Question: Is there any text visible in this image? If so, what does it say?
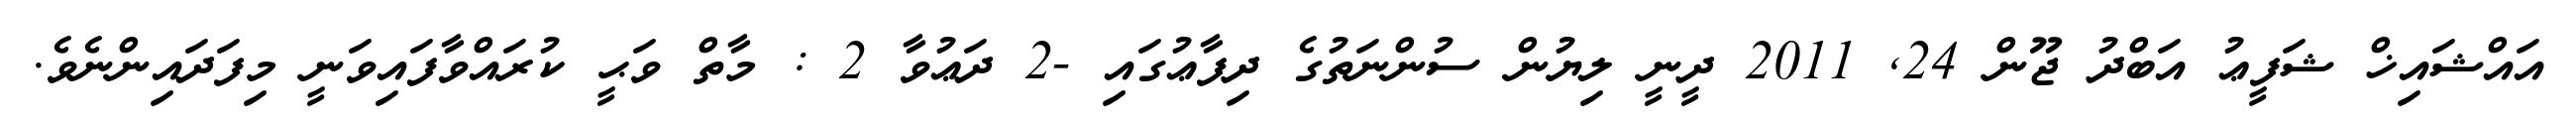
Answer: އައްޝައިޚް ޝަފީޢު އަބްދު ޖޫން 24, 2011 ދީނީ ލިޔުން ސުންނަތުގެ ދިފާޢުގައި -2 ދަޢުވާ 2 : މާތް ވަޙީ ކުރައްވާފައިވަނީ މިފަދައިންނެވެ.